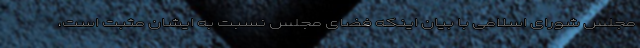
مجلس شورای اسلامی با بیان اینکه فضای مجلس نسبت به ایشان مثبت است،